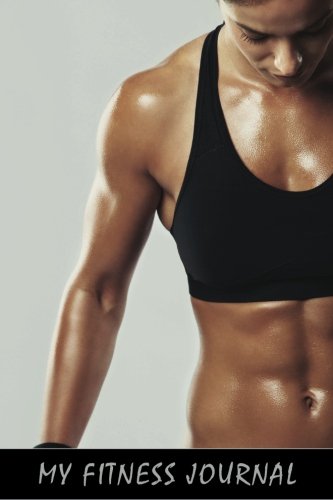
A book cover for My Fitness Journal: Woman Fitness, 6 x 9, 50 Daily Fitness Logs; My Fitness Journal; Health, Fitness & Dieting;